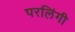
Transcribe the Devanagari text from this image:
परलिंगी